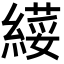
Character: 𦄫